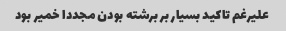
علیرغم تاکید بسیار بر برشته بودن مجددا خمیر بود